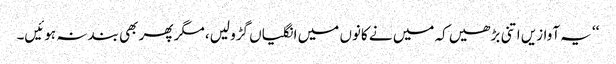
‘‘ یہ آوازیں اتنی بڑھیں کہ میں نے کانوں میں انگلیاں گڑو لیں، مگر پھر بھی بند نہ ہوئیں۔